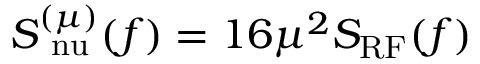
S _ { \mathrm { \ n u } } ^ { ( \mu ) } ( f ) = 1 6 \mu ^ { 2 } S _ { \mathrm { R F } } ( f )